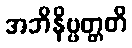
အဘိနိဗ္ဗတ္တတိ